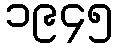
၁၉၄၅